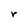
Character: r